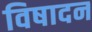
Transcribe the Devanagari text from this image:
विषादन